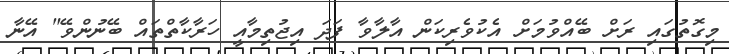
މިގޮތުގައި ރަށް ބޭއްވުމަށް އެކުވެރިކަން އާލާވާ ފަދަ އިޖުތިމާއީ ހަރާކާތްތައް ބޭނުންވޭ" އޭނާ